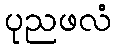
ပုညဖလံ